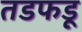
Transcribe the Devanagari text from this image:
तडफडू